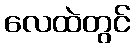
လေထဲတွင်